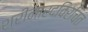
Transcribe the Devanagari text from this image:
श्रीनारदविरचित